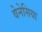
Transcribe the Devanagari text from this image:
वेनेसिया